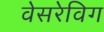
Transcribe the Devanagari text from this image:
वेसरेविग